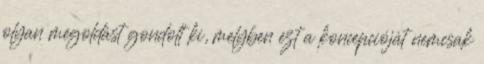
olyan megoldást gondolt ki, melyben ezt a koncepcióját nemcsak